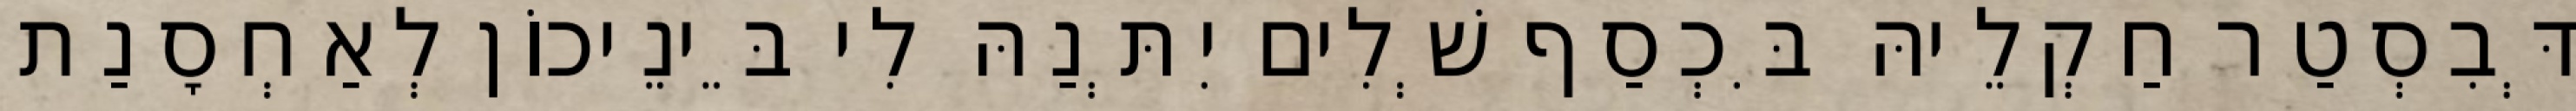
דְּבִסְטַר חַקְלֵיהּ בִּכְסַף שְׁלִים יִתְּנַהּ לִי בֵּינֵיכוֹן לְאַחְסָנַת